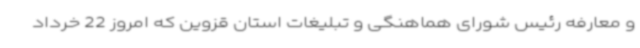
و معارفه رئیس شورای هماهنگی و تبلیغات استان قزوین که امروز 22 خرداد